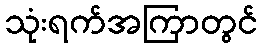
သုံးရက်အကြာတွင်